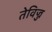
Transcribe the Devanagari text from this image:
तेविज्ज